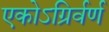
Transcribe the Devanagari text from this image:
एकोऽग्रिर्वर्ण